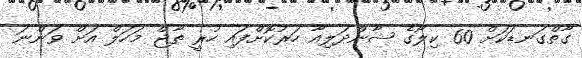
ގާތްގަނޑަކަށް 60 ކިލޯގެ ޝާންދަލިއާ ހަރުކޮށްފައި ހުރީ ތާޖް މަހަލް އަށް ވަންނަ